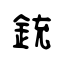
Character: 銃